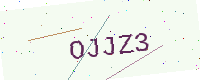
Text: OJJZ3